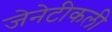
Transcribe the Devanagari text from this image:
जेनेटीकली